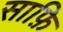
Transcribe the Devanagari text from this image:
साफ़ि